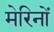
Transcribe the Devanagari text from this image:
मेरिनों